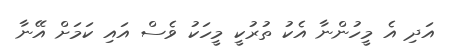
އަދި އެ މީހުންނާ އެކު ތުރުކީ މީހަކު ވެސް އައި ކަމަށް އޭނާ